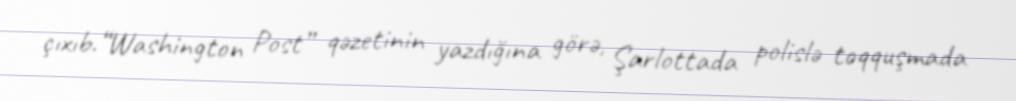
çıxıb.“Washington Post” qəzetinin yazdığına görə, Şarlottada polislə toqquşmada